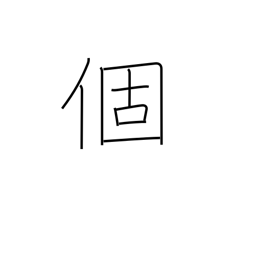
Meaning: individual